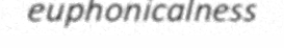
euphonicalness